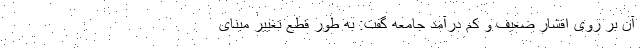
آن بر روی اقشار ضعیف و کم درآمد جامعه گفت: به طور قطع تغییر مبنای